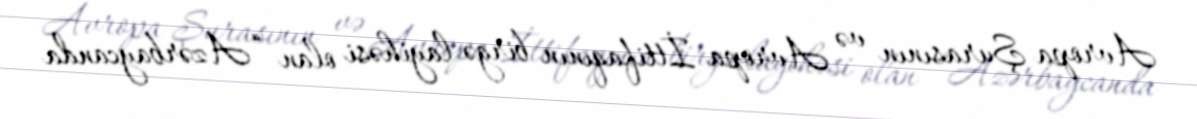
Avropa Şurasının və Avropa İttifaqının birgə layihəsi olan “Azərbaycanda